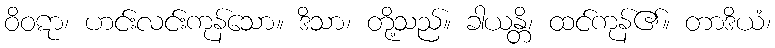
ဝိဝဋာ၊ ဟင်းလင်းကုန်သော။ ဒိသာ၊ တို့သည်။ ခါယန္တိ၊ ထင်ကုန်၏။ တာဒိယံ၊